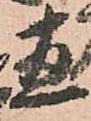
盡